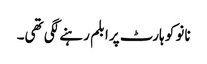
نانو کو ہارٹ پرابلم رہنے لگی تھی۔